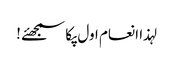
لہذا انعام اول پکا سمجھئے !